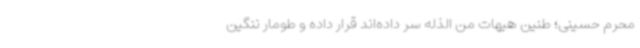
محرم حسینی؛ طنین هیهات من الذله سر داده‌اند قرار داده و طومار ننگین